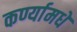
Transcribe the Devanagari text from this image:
कर्ण्यामधे